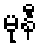
မုနီ